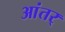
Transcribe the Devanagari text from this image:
आंतर्